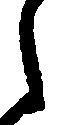
し